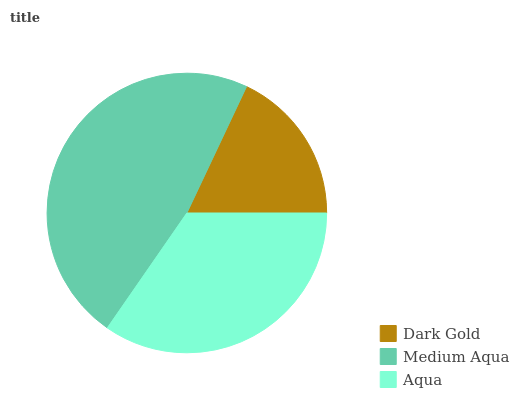
| Dark Gold | Medium Aqua | Aqua |
 | --- | --- | --- |
 | 18% | 47.4% | 34.7% |